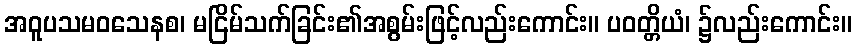
အဝူပသမဝသေနစ၊ မငြိမ်သက်ခြင်း၏အစွမ်းဖြင့်လည်းကောင်း။ ပဝတ္တိယံ၊ ၌လည်းကောင်း။